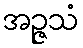
အဉ္ဇသံ